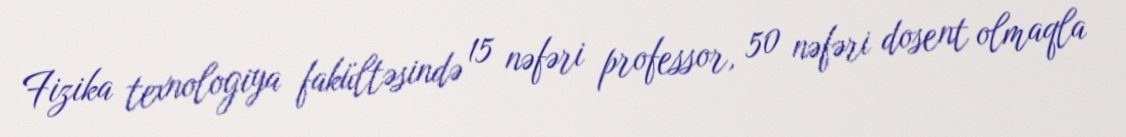
Fizika texnologiya fakültəsində 15 nəfəri professor, 50 nəfəri dosent olmaqla